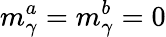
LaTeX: m_{\gamma}^{a}=m_{\gamma}^{b}=0